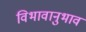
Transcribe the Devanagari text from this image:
विभावानुभाव